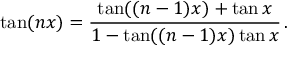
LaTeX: \tan ( n x ) = { \frac { \tan ( ( n - 1 ) x ) + \tan x } { 1 - \tan ( ( n - 1 ) x ) \tan x } } \, .